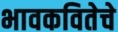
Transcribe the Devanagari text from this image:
भावकवितेचे